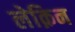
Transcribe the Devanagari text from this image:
लेक़िन